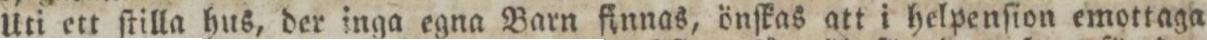
Uti ett ſtilla hus, der inga egna Barn finnas, önſkas att i helpenſion emottaga